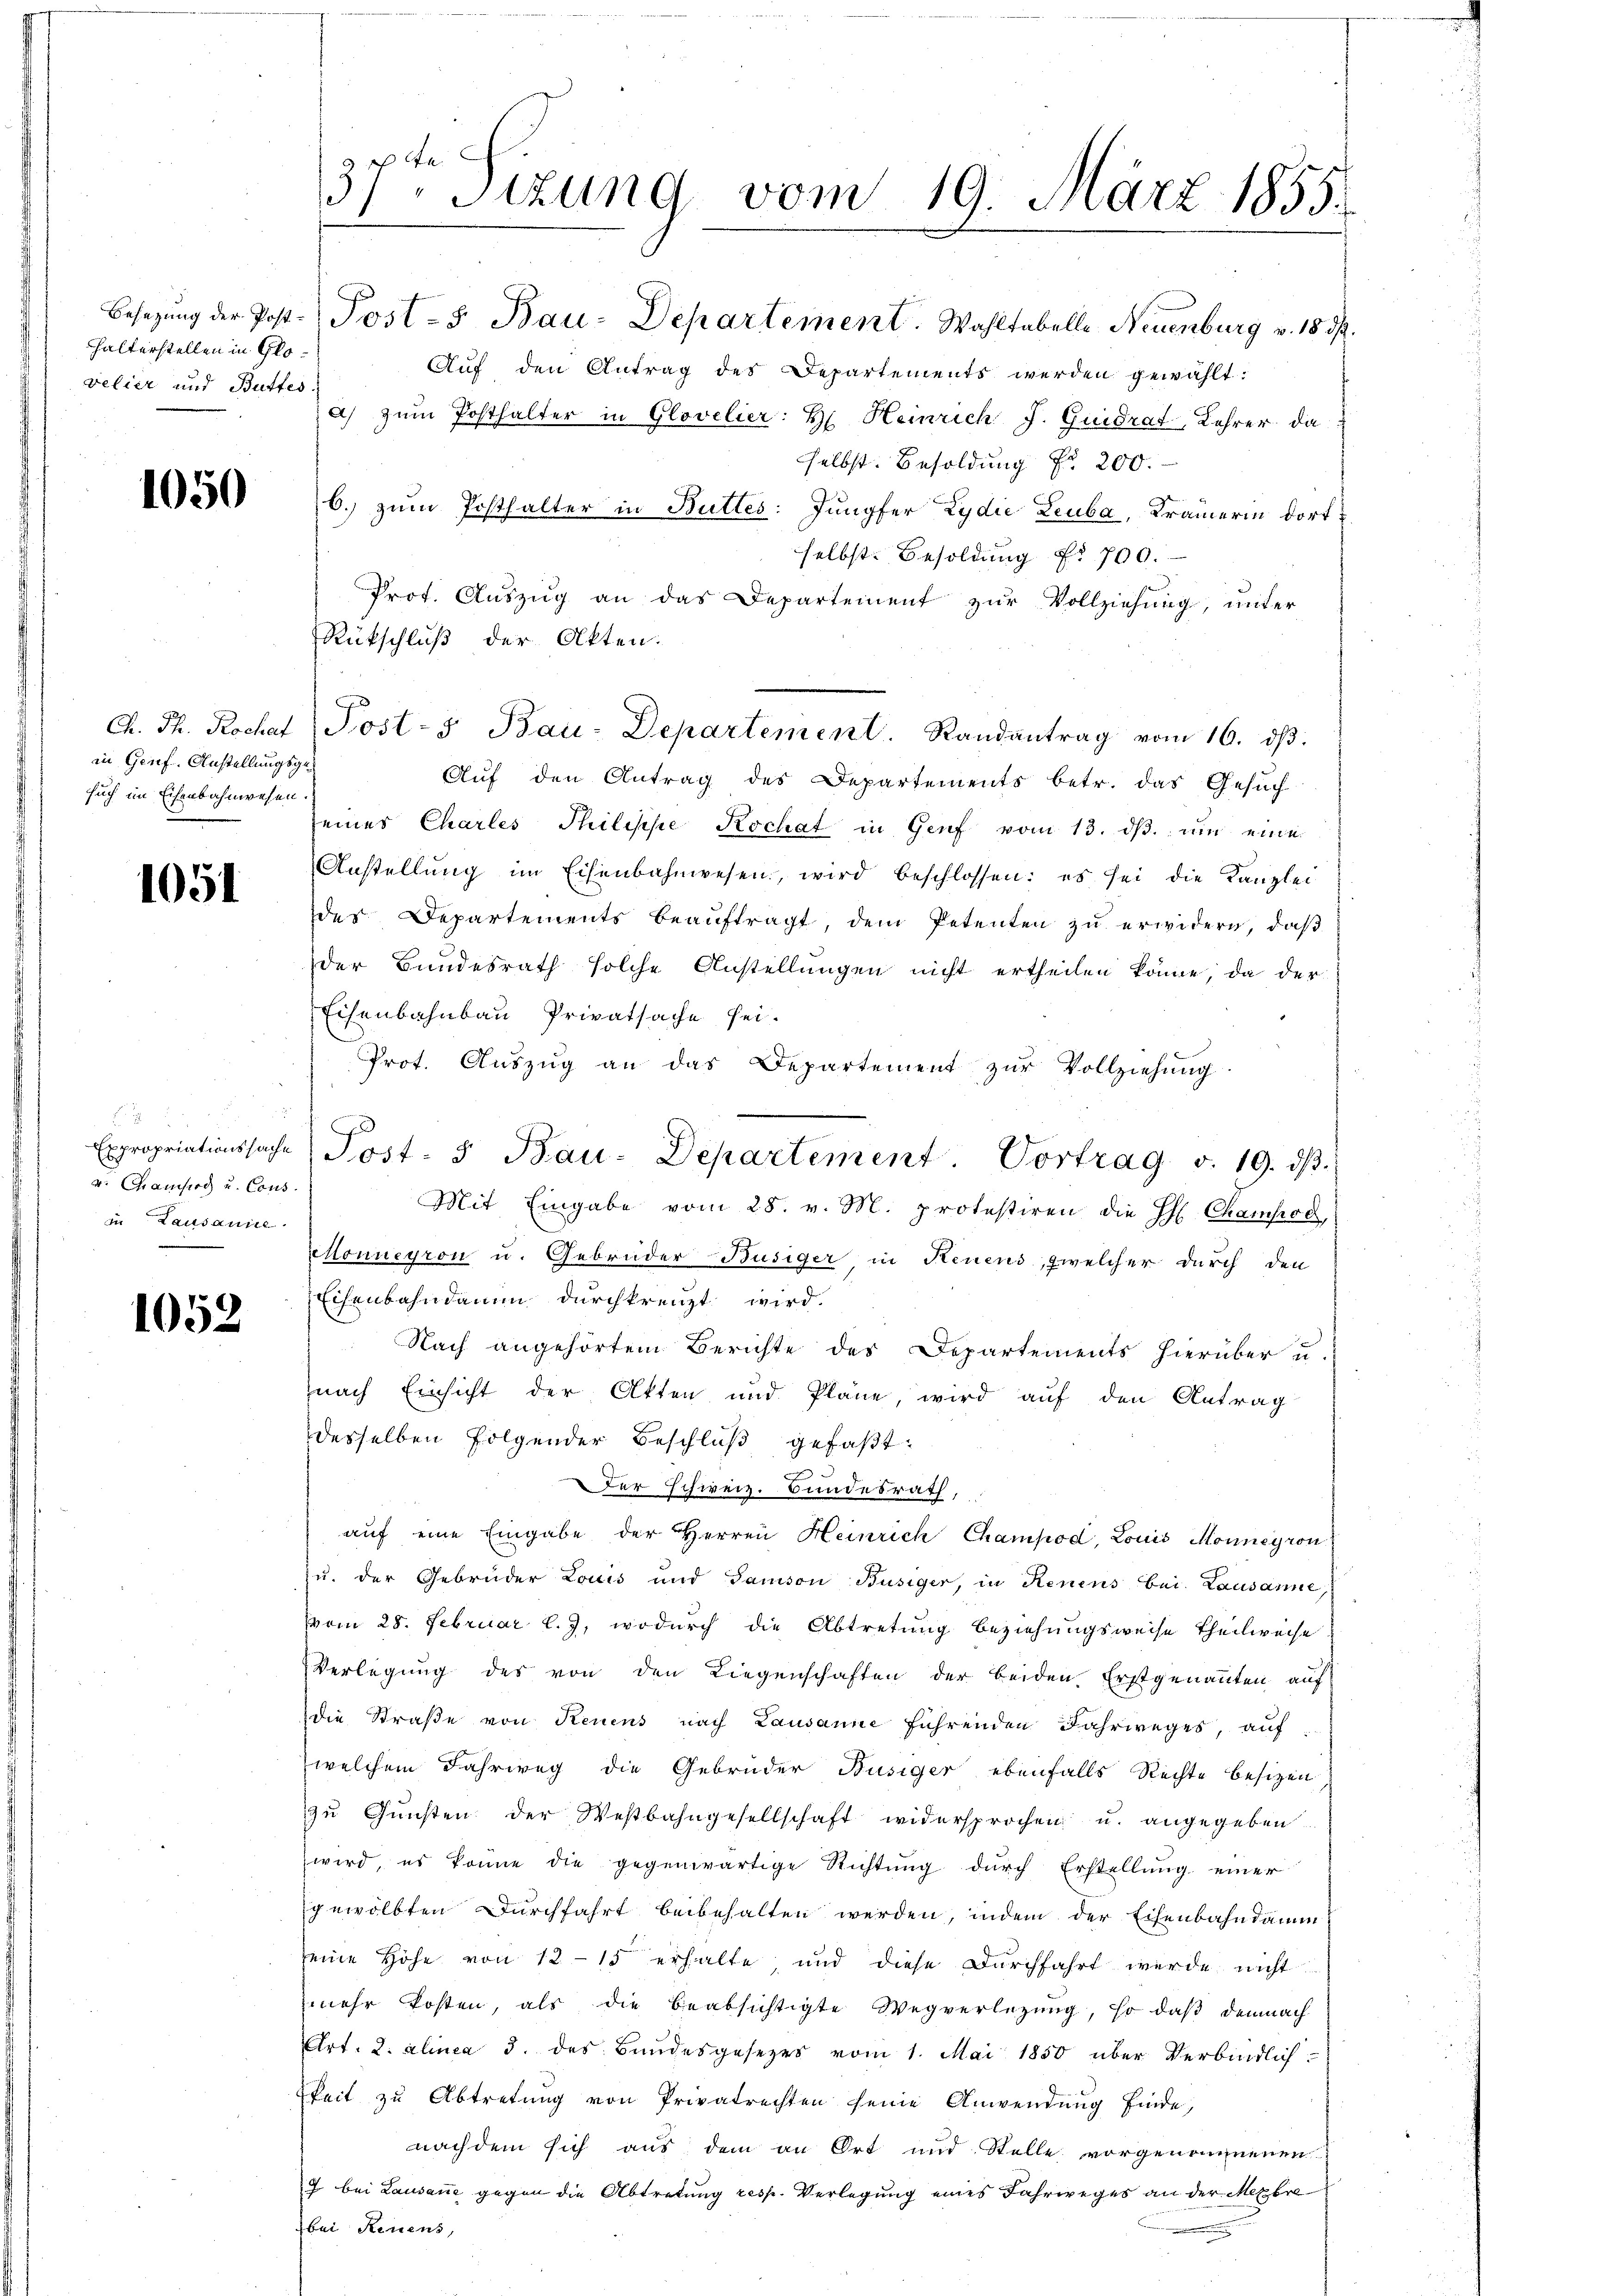
halterstellen in Glovelier und Buttes.

1050

in Genf. Anstellungsgesuch im Eisenbahnwesen.

1051

2
Expropriationssache
v. Chramsig und Cons.
in Lausanne.

1052

37ten Sizung vom 19. März 1855.
Besetzŭng der Post. Post- & Bau-Departement. Wahltabelle Neuenburg v. 18 d.

Auf den Antrag des Departements werden gewählt:
a) zŭm Posthalter in Glovelier: H. Heinrich J. Guidrat Lehrer da
selbst. Besoldung Nr. 200.
6. zum Posthalter in Buttes: Jungfer Zydie Leuba, Krämerin dortselbst. Besoldung Nr. 700.
Prot. Auszug an das Departement zur Vollziehung, unter
Auf den Antrag des Departements betr. das Gesuch
seines Charles Philische Kochat in Genf vom 13. dβ. um eine
Anstellŭng im Eisenbahnwesen, wird beschlossen: es sei die Kanzlei
des Departements beaŭftragt, dem Petenten zŭ erwidern, daβ
der Bundesrath solche Anstellungen nicht ertheilen könne, da der
Eisenbahnbau Privatsache sei.
Prot. Aŭszŭg an das Departement zŭr Vollziehung
Mit Eingabe vom 28. v. M. protestiren die H. Champod
Chonneyron u. Gebrüder Busiger in Neuens, welcher durch den
Eisenbahndamm durchkreuzt wird.
Nach angehörtem Berichte des Departements hierüber u.
nach Einsicht der Akten und Pläne, wird auf den Antrag
desselben folgender Beschluß gefaßt:
Der Schweiz. Bundesrath,
auf eine Eingabe der Herren Heinrich Champod, Louis Monneyron
zu. der Gebrüder Louis und Samson Büsiger, in Renens bei. Lausanne,
vom 28. Februar l.J. wodurch die Abtretung beziehungsweise Theilweise
Verlegung des von den Liegenschaften der beiden Erstgenannten auf
die Straße von Renens nach Lausanne führenden Fahrweges, auf
welchem Fahrweg die Gebrüder Büsiger ebenfalls Rechte besizen
zŭ Gŭnsten der Westbahngesellschaft widersprochen u. angegeben
wird, es könne die gegenwärtige Richtŭng dŭrch Erstellŭng einer
gewölbten Durchfahrt beibehalten werden, indem der Eisenbahndamm
seine Höhe von 12–15 erhalte, und diese Durchfahrt werde nicht
mehr kosten, als die beabsichtigte Wegverlegung, so daß demnach
Art. 2. alinea 3. des Bundesgesezes vom 1. Mai 1850 über Verbindlich
keit zu Abtretung von Privatrechten seine Anwendung finde,
nachdem sich aus dem an Ort und Stelle vorgenommenen
7 bei Lausanne gegen die Abtretung resp. Verlegung eines Fahrweges an der Mexbre
bei Renens,

Rückschluß der Akten.

Ch. Th. Rochat (Post- Bau-Departement. Randantrag vom 16. dβ.

Post- 5 Bau-Departement. Vortrag v. 19. ds.